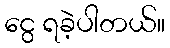
ငွေ ရခဲ့ပါတယ်။